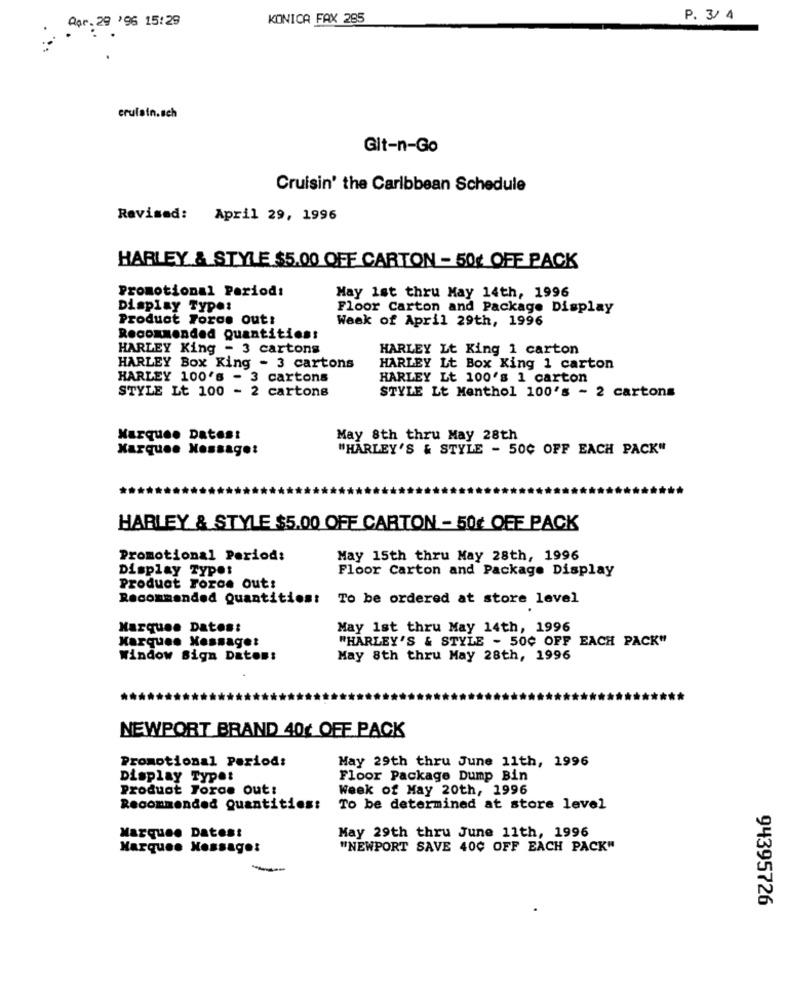
Apr. 29 '96 15:29
KONICA FAX 285
P. 3/ 4
crulain.sch
Git-n-Go
Cruisin' the Caribbean Schedule
Revised:
April 29, 1996
HARLEY & STYLE $5.00 OFF CARTON - 50¢ OFF PACK
Promotional Period:
May 1st thru May 14th, 1996
Display Type:
Floor Carton and Package Display
Product Force out:
Week of April 29th, 1996
Recommended Quantities:
HARLEY King - 3 cartons
HARLEY Lt King 1 carton
HARLEY Box King - 3 cartons
HARLEY Lt Box King 1 carton
HARLEY 100's - 3 cartons
HARLEY Lt 100's 1 carton
STYLE Lt 100 - 2 cartons
STYLE Lt Menthol 100's - 2 cartons
Marquee Datest
May 8th thru May 28th
Karquee Message:
"HARLEY'S & STYLE - 500 OFF EACH PACK"
HARLEY & STYLE $5.00 OFF CARTON - 50¢ OFF PACK
Promotional Period:
May 15th thru May 28th, 1996
Display Types
Floor Carton and Package Display
Product Force out:
Recommended Quantities:
To be ordered at store level
Marquee Datos:
May 1st thru May 14th, 1996
Marquee Xessaget
"HARLEY'S & STYLE - 500 OFF EACH PACK"
Window sign Daten:
May 8th thru May 28th, 1996
NEWPORT BRAND 40¢ OFF PACK
Promotional Period:
May 29th thru June 11th, 1996
Display Typet
Floor Package Dump Bin
Product Toras out:
Week of May 20th, 1996
Recommended Quantities:
To be determined at store level
May 29th thru June 11th, 1996
Marqueo Dates:
Marquee Message:
"NEWPORT SAVE 400 OFF EACH PACK"
94395726